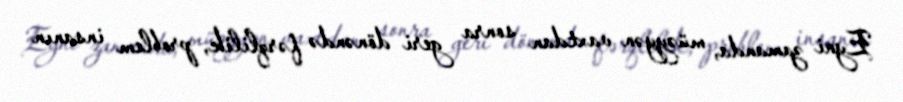
Eyni zamanda, müəyyən vaxtdan sonra geri dönəndə fərqlilik, problem insanın